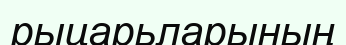
рыцарьларының